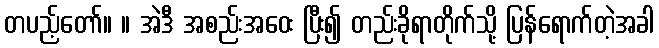
တပည့်တော်။ ။ အဲဒီ အစည်းအဝေး ပြီး၍ တည်းခိုရာတိုက်သို့ ပြန်ရောက်တဲ့အခါ